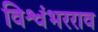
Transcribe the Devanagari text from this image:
विश्वंभरराव